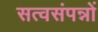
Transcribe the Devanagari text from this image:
सत्वसंपन्नों